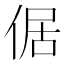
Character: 倨